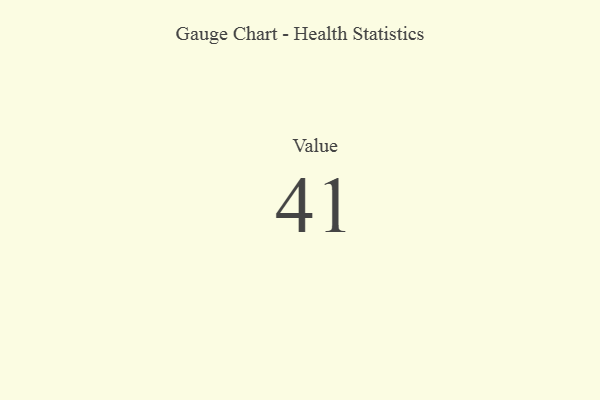
{"axis": {"x": "Metric", "y": "Value"}, "legend": [""], "data": [{"x": "Value", "y": 41, "type": ""}]}